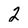
Character: 2